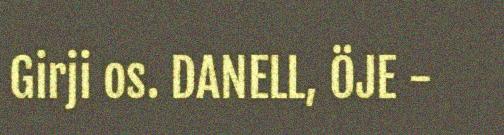
Girji os. DANELL, ÖJE -